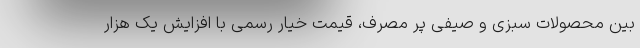
بین محصولات سبزی و صیفی پر مصرف، قیمت خیار رسمی با افزایش یک هزار